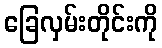
ခြေလှမ်းတိုင်းကို